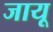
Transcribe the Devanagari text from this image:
जायू